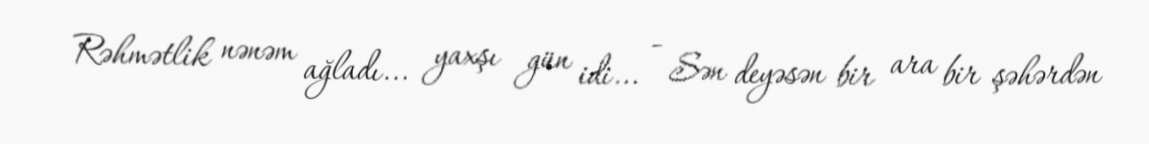
Rəhmətlik nənəm ağladı... yaxşı gün idi... - Sən deyəsən bir ara bir şəhərdən